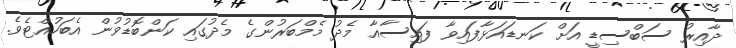
ދާއިރު ސަބްސިޑީ އަށް ކަނޑައަޅާފައިވާ ފައިސާއާ މެދު މެމްބަރުންގެ މެދުގައި ކަންބޮޑުވުން އެބަހުއްޓެވެ.